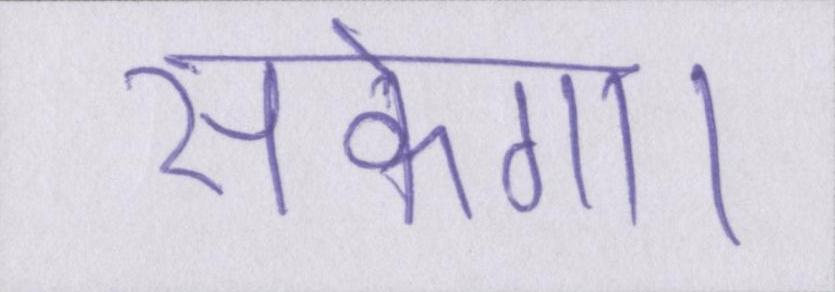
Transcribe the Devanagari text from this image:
सकेगा।